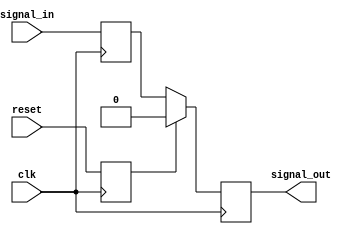
module Synchronizer (
    input wire clk,
    input wire reset,
    input wire signal_in,
    output reg signal_out
);

reg synchronized_signal;
reg synchronized_reset;

always @(posedge clk) begin
    synchronized_signal <= signal_in;
    synchronized_reset <= reset;
end

always @(posedge clk) begin
    if(synchronized_reset) begin
        signal_out <= 0;
    end else begin
        signal_out <= synchronized_signal;
    end
end

endmodule